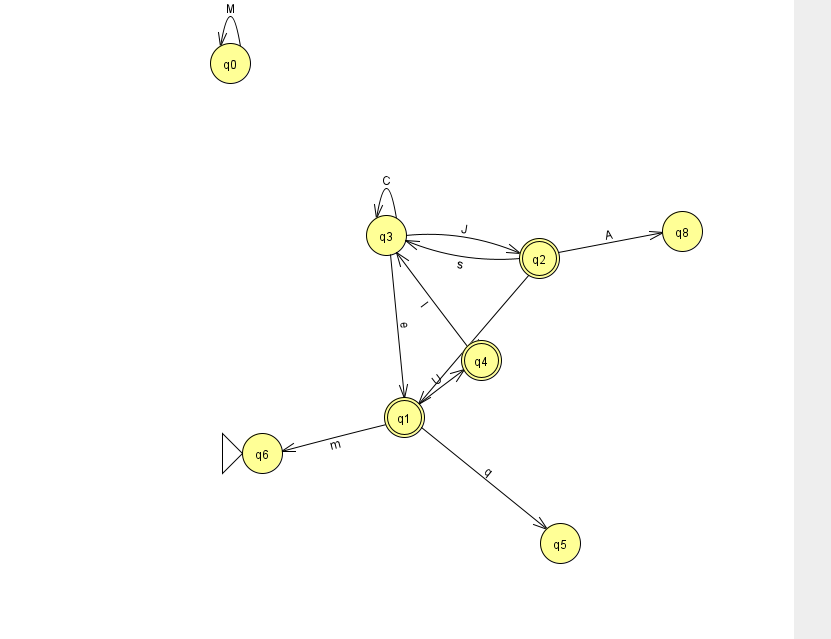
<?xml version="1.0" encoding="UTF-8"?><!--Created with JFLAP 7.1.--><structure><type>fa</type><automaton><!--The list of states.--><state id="0" name="q0"><x>230.0</x><y>50.0</y></state><state id="1" name="q1"><x>404.0</x><y>404.0</y><final/></state><state id="2" name="q2"><x>539.0</x><y>245.0</y><final/></state><state id="3" name="q3"><x>386.0</x><y>222.0</y></state><state id="4" name="q4"><x>481.0</x><y>347.0</y><final/></state><state id="5" name="q5"><x>560.0</x><y>530.0</y></state><state id="6" name="q6"><x>262.0</x><y>440.0</y><initial/></state><state id="8" name="q8"><x>682.0</x><y>218.0</y></state><!--The list of transitions.--><transition><from>1</from><to>4</to><read>U</read></transition><transition><from>1</from><to>6</to><read>m</read></transition><transition><from>3</from><to>1</to><read>e</read></transition><transition><from>3</from><to>3</to><read>C</read></transition><transition><from>2</from><to>3</to><read>s</read></transition><transition><from>1</from><to>5</to><read>q</read></transition><transition><from>2</from><to>1</to><read>Z</read></transition><transition><from>4</from><to>3</to><read>I</read></transition><transition><from>0</from><to>0</to><read>M</read></transition><transition><from>2</from><to>8</to><read>A</read></transition><transition><from>3</from><to>2</to><read>J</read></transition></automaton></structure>